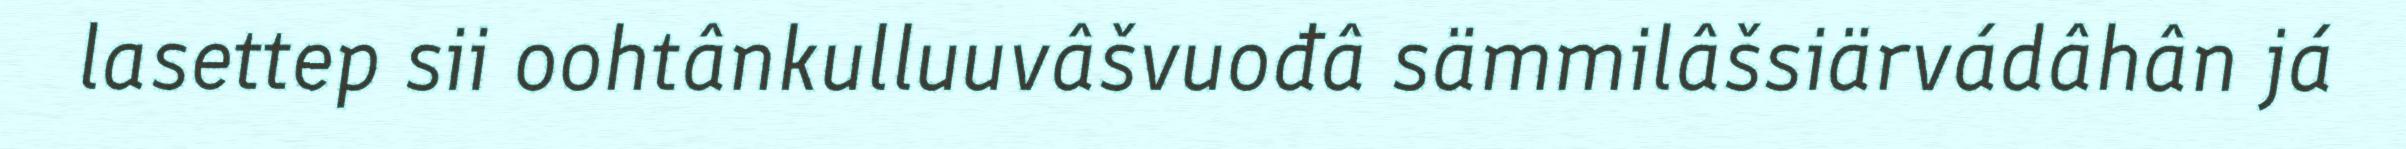
lasettep sii oohtânkulluuvâšvuođâ sämmilâšsiärvádâhân já